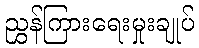
ညွှန်ကြားရေးမှုးချုပ်